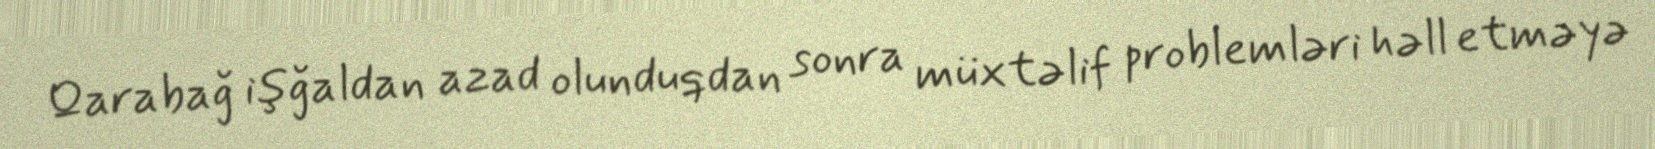
Qarabağ işğaldan azad olunduqdan sonra müxtəlif problemləri həll etməyə